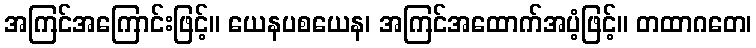
အကြင်အကြောင်းဖြင့်။ ယေနပစယေန၊ အကြင်အထောက်အပံ့ဖြင့်။ တထာဂတေ၊